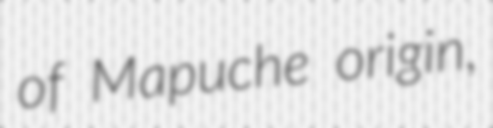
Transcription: of Mapuche origin,